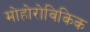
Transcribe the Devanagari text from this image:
मोहोरोविकिक